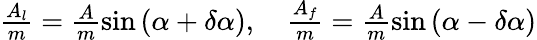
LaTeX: \begin{array}{r}{\frac{A_{l}}{m}=\frac{A}{m}\sin{(\alpha+\delta\alpha)},\quad\frac{A_{f}}{m}=\frac{A}{m}\sin{(\alpha-\delta\alpha)}}\end{array}